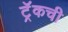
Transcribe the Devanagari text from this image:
ट्रॅकची